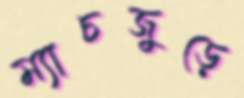
ম্যাচজুড়ে